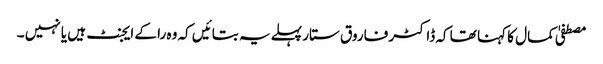
مصطفیٰ کمال کا کہنا تھا کہ ڈاکٹر فاروق ستار پہلے یہ بتائیں کہ وہ را کے ایجنٹ ہیں یا نہیں ۔